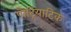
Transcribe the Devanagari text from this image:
पौट्रियाटिक